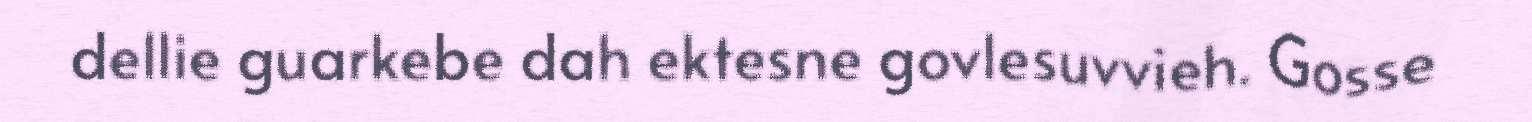
dellie guarkebe dah ektesne govlesuvvieh. Gosse